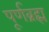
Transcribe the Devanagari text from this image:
पूर्णब्रह्म